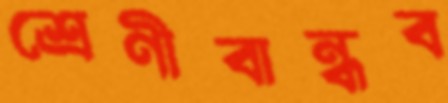
শ্রেণীবান্ধব